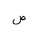
Letter: _sad